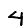
Digit: 4